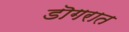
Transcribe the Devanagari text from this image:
डॊगरात